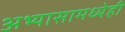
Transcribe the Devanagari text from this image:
अभ्यासामध्येही